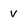
Character: v